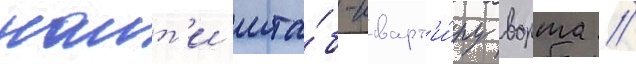
наит'и шта́б-кварт'и́ру ворта //